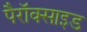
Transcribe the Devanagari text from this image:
पैरॉक्साइड